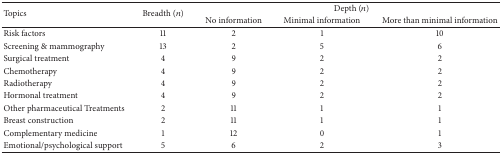
| <ROWSPAN=2> Topics | <ROWSPAN=2> Breadth (n) | <COLSPAN=3> Depth (n) |
 | No information | Minimal information | More than minimal information |
 | --- | --- | --- | --- | --- |
 | Risk factors | 11 | 2 | 1 | 10 |
 | Screening & mammography | 13 | 2 | 5 | 6 |
 | Surgical treatment | 4 | 9 | 2 | 2 |
 | Chemotherapy | 4 | 9 | 2 | 2 |
 | Radiotherapy | 4 | 9 | 2 | 2 |
 | Hormonal treatment | 4 | 9 | 2 | 2 |
 | Other pharmaceutical Treatments | 2 | 11 | 1 | 1 |
 | Breast construction | 2 | 11 | 1 | 1 |
 | Complementary medicine | 1 | 12 | 0 | 1 |
 | Emotional/psychological support | 5 | 6 | 2 | 3 |